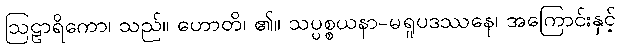
ဩဠာရိကော၊ သည်။ ဟောတိ၊ ၏။ သပ္ပစ္စယနာ-မရူပဒဿနေ၊ အကြောင်းနှင့်